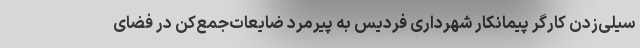
سیلی‌زدن کارگر پیمانکار شهرداری فردیس به پیرمرد ضایعات‌جمع‌کن در فضای